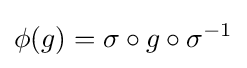
\phi (g)=\sigma \circ g\circ \sigma ^{-1}